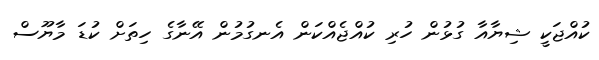
ކުއްޖަކީ ޝިޔާއާ ގުޅުން ހުރި ކުއްޖެއްކަން އެނގުމުން އޭނާގެ ހިތަށް ކުޑަ މާޔޫސް